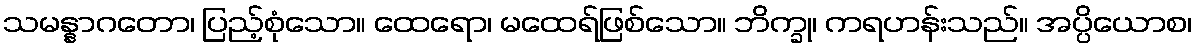
သမန္နာဂတော၊ ပြည့်စုံသော။ ထေရော၊ မထေရ်ဖြစ်သော။ ဘိက္ခု၊ ကရဟန်းသည်။ အပ္ပိယောစ၊